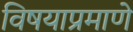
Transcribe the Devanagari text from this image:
विषयाप्रमाणे